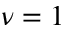
\nu = 1